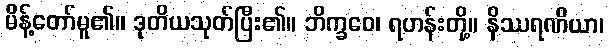
မိန့်တော်မူ၏။ ဒုတိယသုတ်ပြီး၏။ ဘိက္ခဝေ၊ ရဟန်းတို့။ နိဿရဏိယာ၊